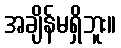
အချိန်မရှိဘူး။